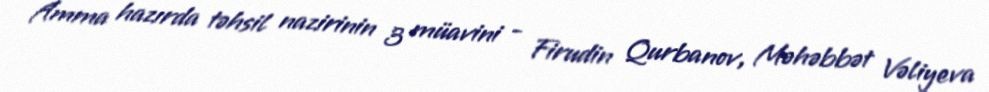
Amma hazırda təhsil nazirinin 3 müavini - Firudin Qurbanov, Məhəbbət Vəliyeva